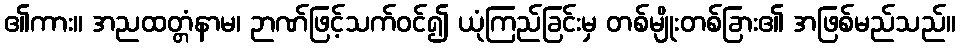
၏ကား။ အညထတ္တံနာမ၊ ဉာဏ်ဖြင့်သက်ဝင်၍ ယုံကြည်ခြင်းမှ တစ်မျိုးတစ်ခြား၏ အဖြစ်မည်သည်။